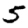
Digit: 5